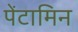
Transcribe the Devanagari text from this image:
पेंटामिन